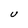
Character: U